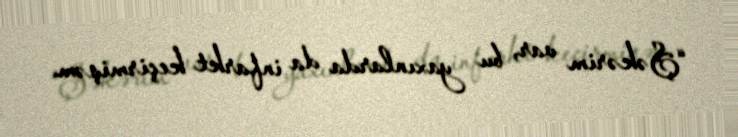
“Şəkərim var, bu yaxınlarda da infarkt keçirmişəm.